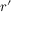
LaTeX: \boldsymbol { r ^ { \prime } }